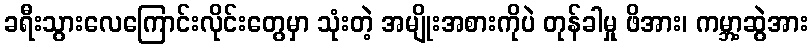
ခရီးသွားလေကြောင်းလိုင်းတွေမှာ သုံးတဲ့ အမျိုးအစားကိုပဲ တုန်ခါမှု ဖိအား၊ ကမ္ဘာ့ဆွဲအား